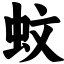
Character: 蚊